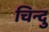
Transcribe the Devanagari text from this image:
चिन्दु